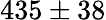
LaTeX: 435\pm 38